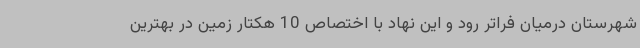
شهرستان درمیان فراتر رود و این نهاد با اختصاص 10 هکتار زمین در بهترین